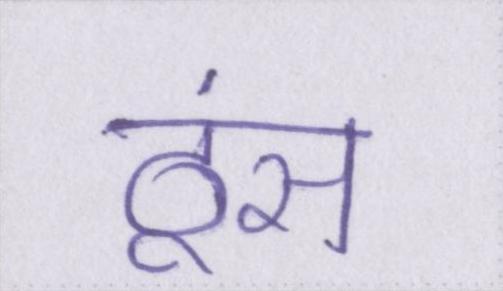
ठूंस